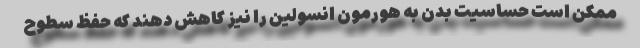
ممکن است حساسیت بدن به هورمون انسولین را نیز کاهش دهند که حفظ سطوح